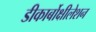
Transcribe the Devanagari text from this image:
डीकार्बोक्षीलेशन